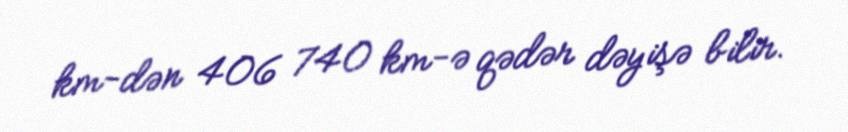
km-dən 406 740 km-ə qədər dəyişə bilir.